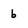
Character: b